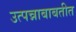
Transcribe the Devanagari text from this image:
उत्पन्नाबाबतीत